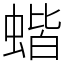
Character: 蝔